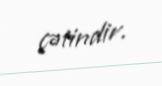
çətindir.